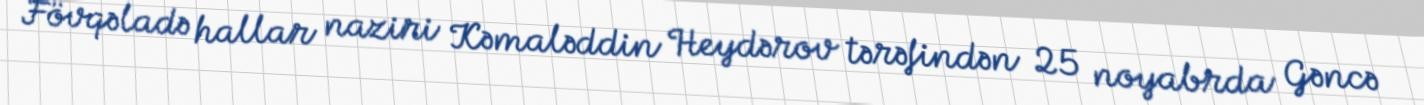
Fövqəladə hallar naziri Kəmaləddin Heydərov tərəfindən 25 noyabrda Gəncə